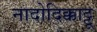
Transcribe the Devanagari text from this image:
नादोदिक्काट्टू